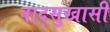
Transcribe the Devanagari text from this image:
नाद्सुखासी